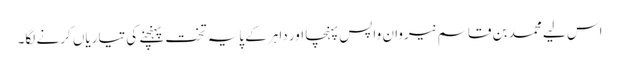
اس لیے محمد بن قاسم نیروان واپس پہنچا اور داہر کے پایہ تخت پہنچنے کی تیاریاں کرنے لگا۔